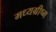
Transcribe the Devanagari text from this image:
मध्यग्रीष्म